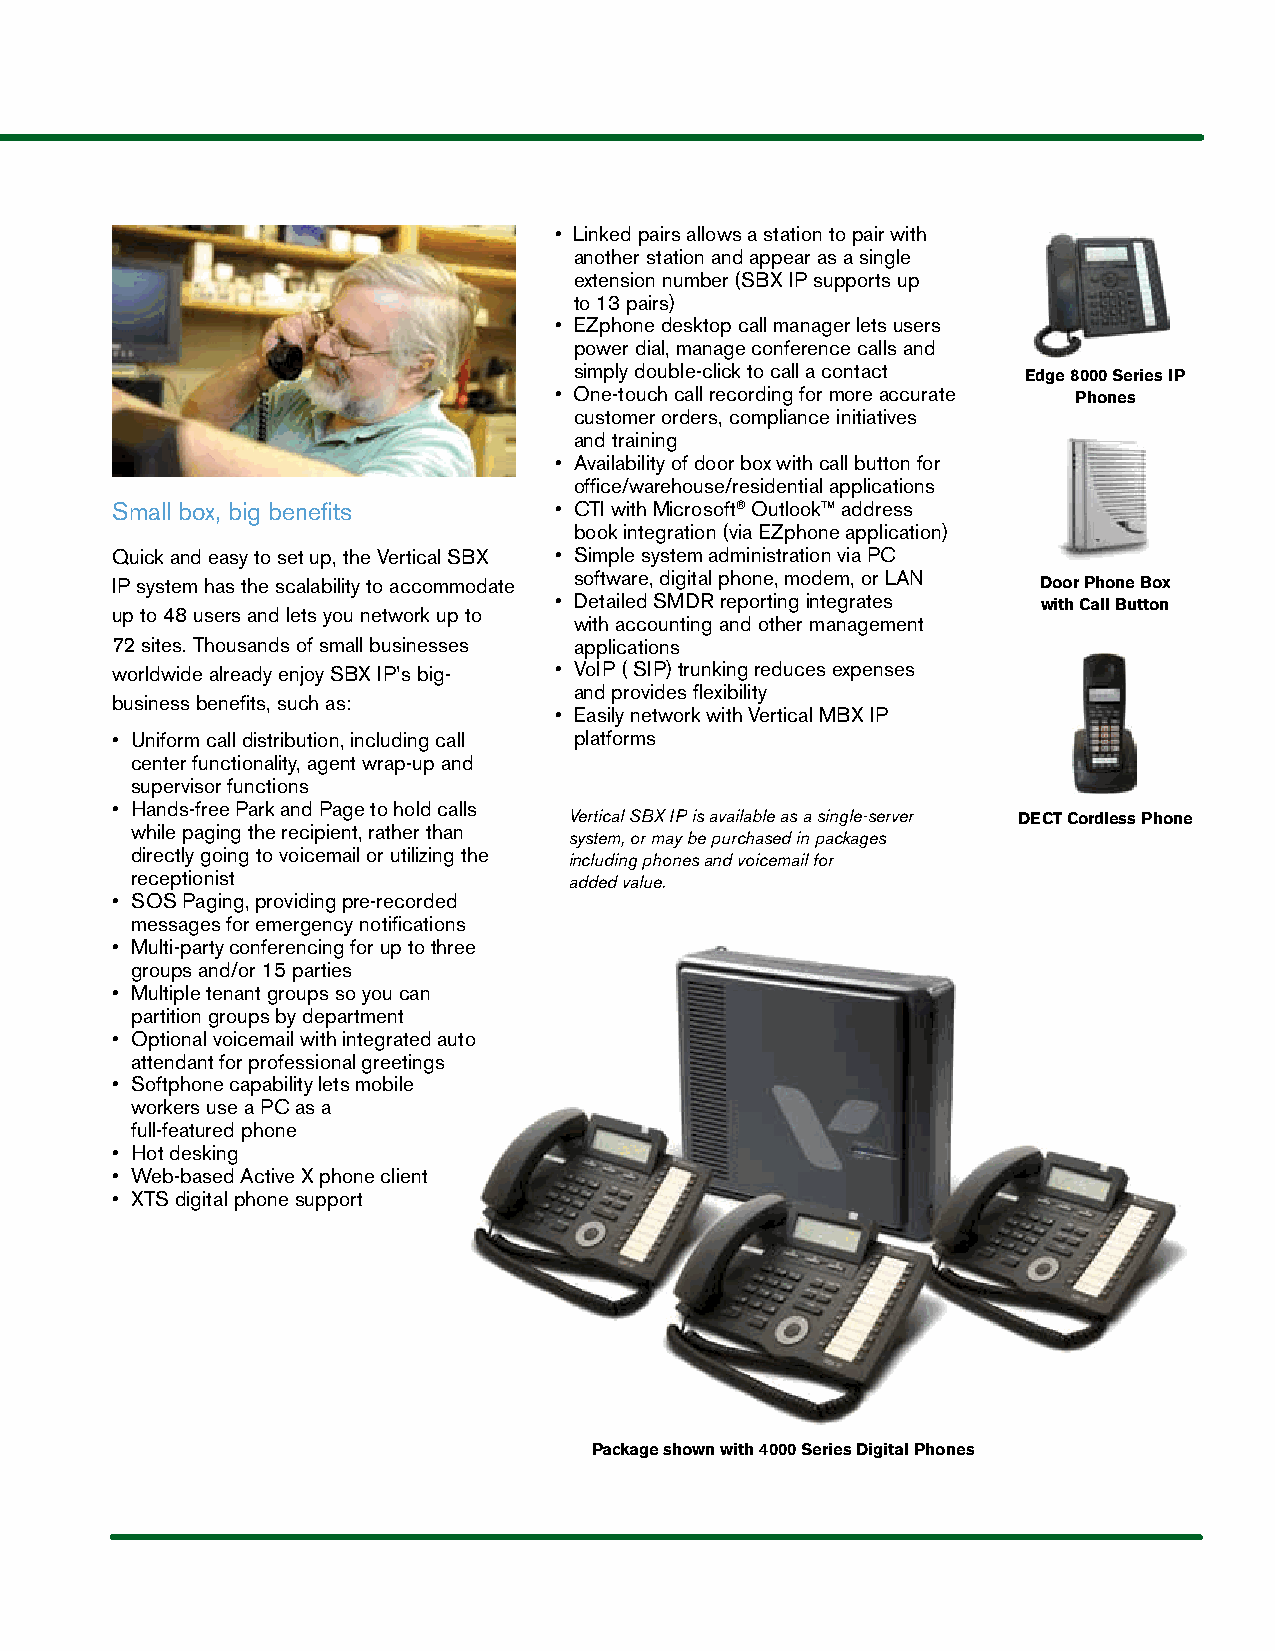
• Linked pairs allows a station to pair with
 another station and appear as a single
 extension number (SBX IP supports up
 to 13 pairs)
 • EZphone desktop call manager lets users
 power dial, manage conference calls and
 simply double-click to call a contact Edge 8000 Series IP
 • One-touch call recording for more accurate Phones
 customer orders, compliance initiatives
 and training
 • Availability of door box with call button for
 office/warehouse/residential applications
 Small box, big benefits       • CTI with Microsoft® Outlook™ address
 book integration (via EZphone application)
 Quick and easy to set up, the Vertical SBX • Simple system administration via PC
 IP system has the scalability to accommodate software, digital phone, modem, or LaN Door Phone Box
 • Detailed SMDR reporting integrates with Call Button
 up to 48 users and lets you network up to
 with accounting and other management
 72 sites. Thousands of small businesses applications
 worldwide already enjoy SBX IP’s big- • VoIP ( SIP) trunking reduces expenses
 and provides flexibility
 business benefits, such as:
 • Easily network with Vertical MBX IP
 • Uniform call distribution, including call platforms
 center functionality, agent wrap-up and
 supervisor functions
 • Hands-free Park and Page to hold calls
 Vertical SBX IP is available as a single-server DECT Cordless Phone
 while paging the recipient, rather than
 system, or may be purchased in packages
 directly going to voicemail or utilizing the including phones and voicemail for
 receptionist                 added value.
 • SOS Paging, providing pre-recorded
 messages for emergency notifications
 • Multi-party conferencing for up to three
 groups and/or 15 parties
 • Multiple tenant groups so you can
 partition groups by department
 • Optional voicemail with integrated auto
 attendant for professional greetings
 • Softphone capability lets mobile
 workers use a Pc as a
 full-featured phone
 • Hot desking
 • Web-based Active X phone client
 • XTS digital phone support
 Package shown with 4000 Series Digital Phones